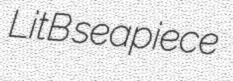
LitB seapiece